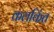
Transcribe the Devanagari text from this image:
कलकिंत